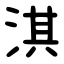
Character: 淇